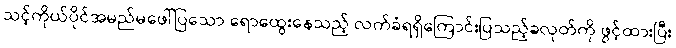
သင့်ကိုယ်ပိုင်အမည်မဖေါ်ပြသော ရောထွေးနေသည့် လက်ခံရရှိကြောင်းပြသည့်ခလုတ်ကို ဖွင့်ထားပြီး